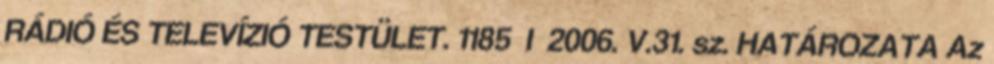
RÁDIÓ ÉS TELEVÍZIÓ TESTÜLET. 1185 I 2006. V.31. sz. HATÁROZATA Az